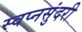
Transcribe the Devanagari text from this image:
स्वप्नसुंदरी